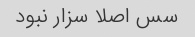
سس اصلا سزار نبود